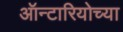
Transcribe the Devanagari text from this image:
ऑन्टारियोच्या